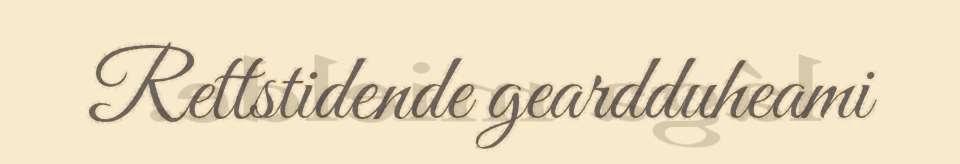
Rettstidende geardduheami